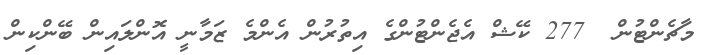
މާޗެންޓުން  277 ކޭޝް އެޖެންޓުންގެ އިތުރުން އެންމެ ޒަމާނީ އޮންލައިން ބޭންކިން